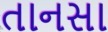
તાનસા